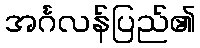
အင်္ဂလန်ပြည်၏